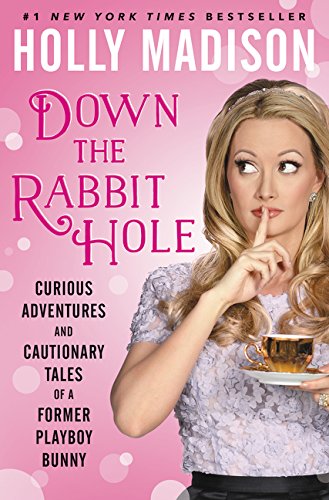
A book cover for Down the Rabbit Hole: Curious Adventures and Cautionary Tales of a Former Playboy Bunny; Holly Madison; Humor & Entertainment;